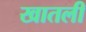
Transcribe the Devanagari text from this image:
खातली